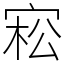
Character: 𡨭